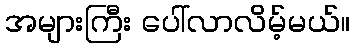
အများကြီး ပေါ်လာလိမ့်မယ်။